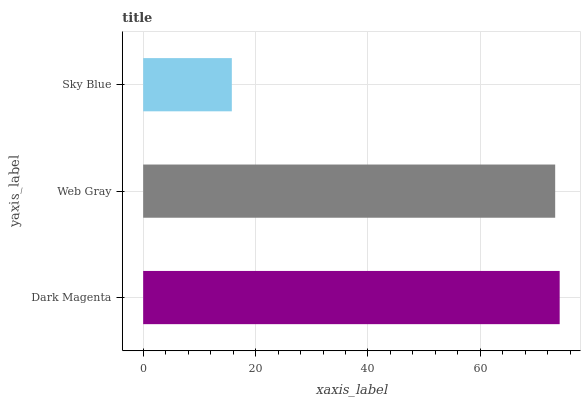
| yaxis_label | bars |
 | --- | --- |
 | Dark Magenta | 74.1 |
 | Web Gray | 73.3 |
 | Sky Blue | 15.8 |